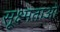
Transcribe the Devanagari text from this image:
सूक्ष्मताओ